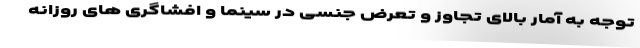
توجه به آمار بالای تجاوز و تعرض جنسی در سینما و افشاگری های روزانه